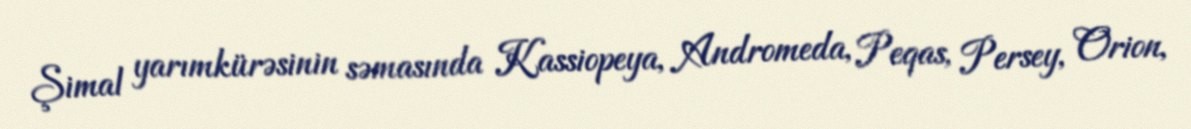
Şimal yarımkürəsinin səmasında Kassiopeya, Andromeda, Peqas, Persey, Orion,